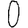
Digit: 0